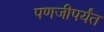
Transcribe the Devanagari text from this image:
पणजीपर्यंत